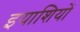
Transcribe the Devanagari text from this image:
इयाशियों